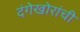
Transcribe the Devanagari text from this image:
दंगेखोरांची